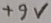
Text: +9V